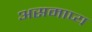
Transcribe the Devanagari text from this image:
असमाप्य